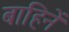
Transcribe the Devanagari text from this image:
बाहिनें